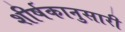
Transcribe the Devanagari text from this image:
शीर्षकानुसारी